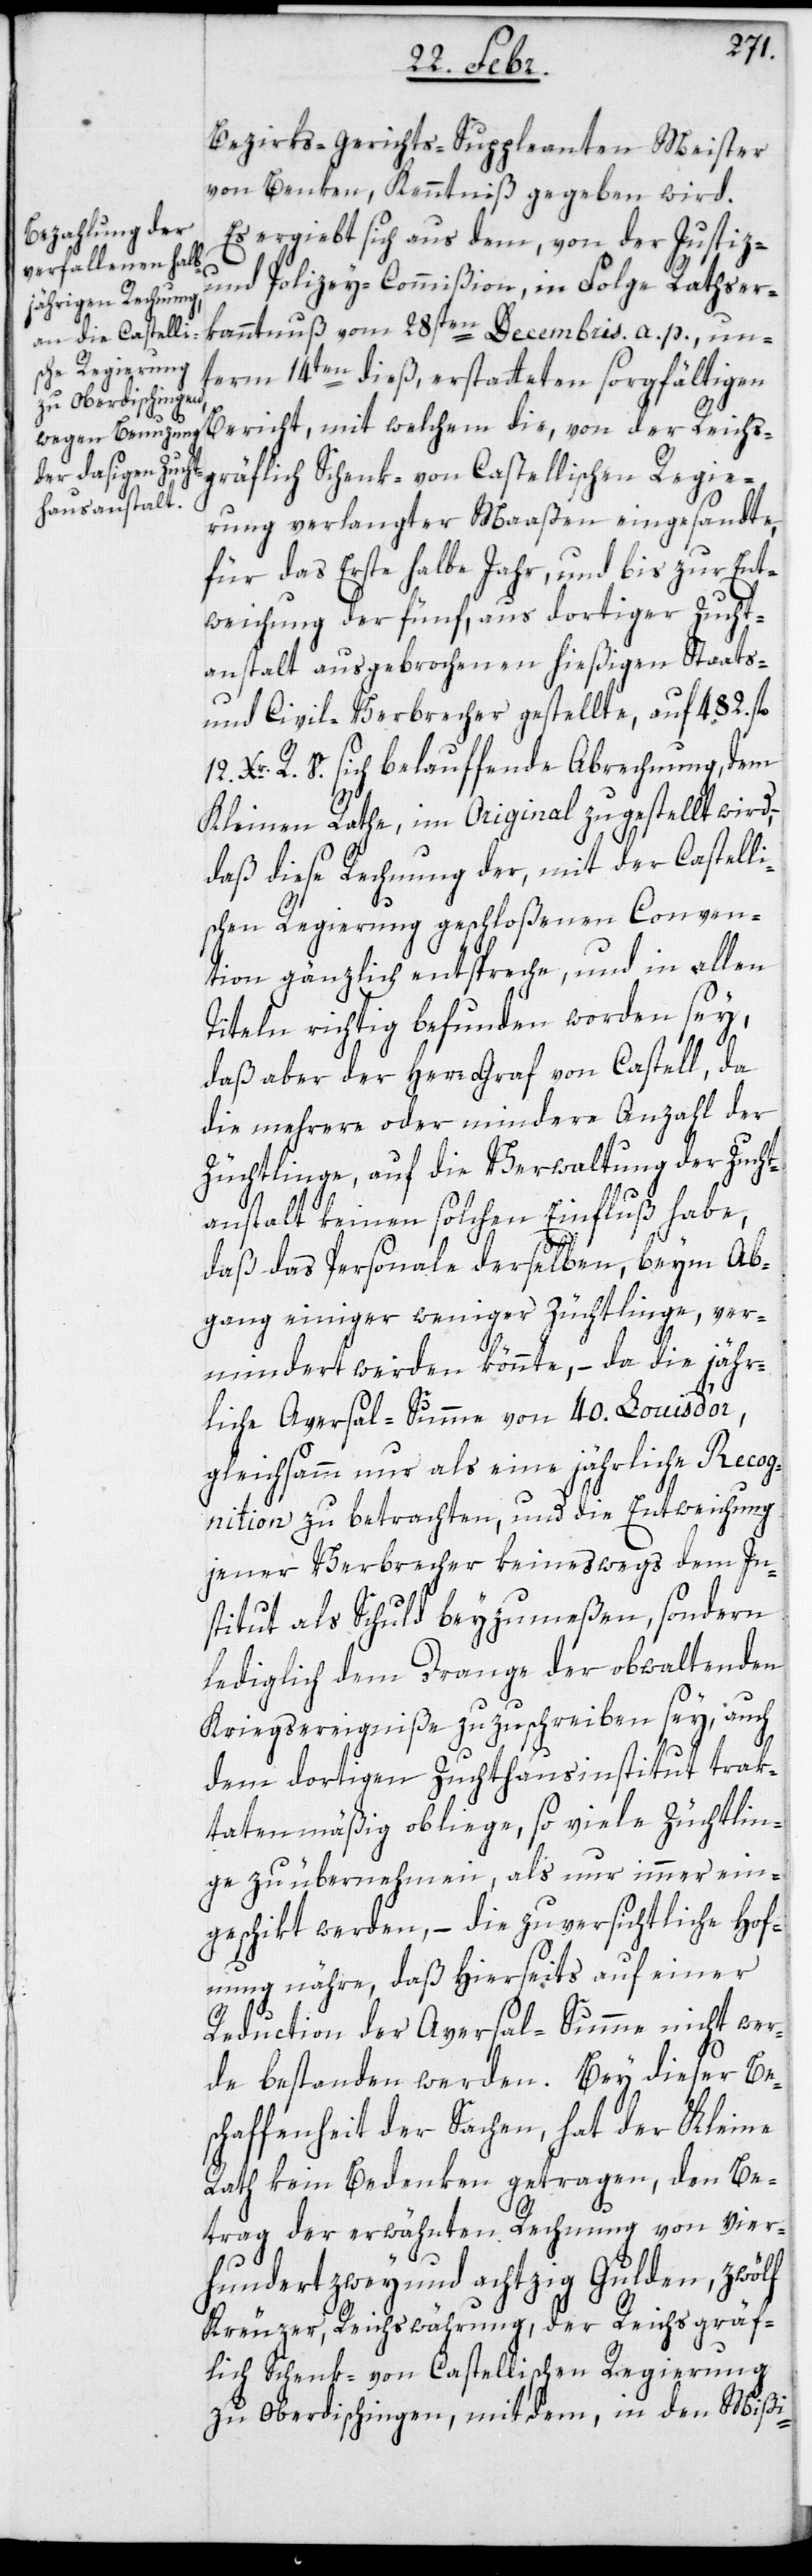
Bezirks-Gerichts-Suppleanten Meister
von Benken, Kenntniß gegeben wird.
Es ergibt sich aus dem, von der Justiz-
und Polizey-Commißion, in Folge Rathser¬
kanntnuß vom 28sten Decembris a. p., un¬
term 14ten dieß, erstatteten sorgfältigen
Bericht, mit welchem die, von der Reichs¬
ung verlangter Maaßen eingesandte,
für das Erste halbe Jahr, und bis zur Ent¬
weichung der fünf, aus dortiger Zucht¬
anstalt ausgebrochenen hießigen Staats-
und Civil-Verbrecher gestellte, auf 482. fl.
12 Xr. R. V. sich belauffende Abrechnung, dem
Kleinen Rathe, im Original zugestellt wird,
daß diese Rechnung der, mit der Castelli¬
schen Regierung geschloßenen Conven¬
tion gänzlich entspreche, und in allen
Titeln richtig befunden worden sey,
daß aber der Herr Graf von Castell, da
die mehrere oder mindere Anzahl der
Züchtlinge, auf die Verwaltung der Zucht¬
grä¬
anstalt keinen solchen Einfluß habe,
daß das Personale derselben, beym Ab¬
gang einiger weniger Züchtlinge, ver¬
mindert werden könnte, – da die jähr¬
liche Aversal-Summe von 40. Louis d’or,
gleichsamm nur als eine jährliche Recog¬
nition zu betrachten, und die Entweichung
jener Verbrecher keineswegs dem In¬
stitut als Schuld beyzumeßen, sondern
lediglich dem Drange der obwaltenden
Kriegsereigniße zuzuschreiben sey, auch
dem dortigen Zuchthausinstitut trak¬
tatenmäßig obliege, so viele Züchtlin¬
ge zu übernehmen, als nur immer ein¬
geschickt werden, – die zuversichtliche Hof¬
fnung nähre, daß hierseits auf einer
Reduction der Aversal-Summe nicht wer¬
de bestanden werden. Bey dieser Bes¬
chaffenheit der Sachen, hat der Kleine
Rath kein Bedenken getragen, den Be¬
trag der erwähnten Rechnung von vier¬
hundertzweyundachtzig Gulden, zwölf
Kreuzer, Reichswährung, der Reichsgräf¬
lich Schenk- von Castellischen Regierung
zu Oberdischingen, mit dem, in den Mißi-